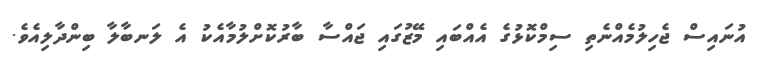
އުނައިސް ޖެހިލުމެއްނެތި ސިމްކޮޅުގެ އެއްބައި މޭޒުގައި ޖައްސާ ބާރުކޮށްލުމާއެކު އެ ލަނބާލާ ބިންދާލިއެވެ.